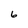
Character: 6